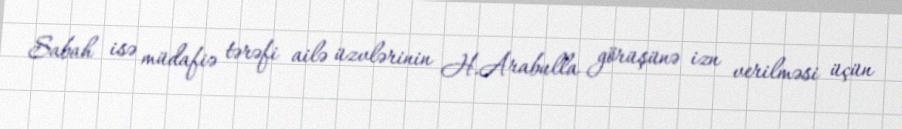
Sabah isə müdafiə tərəfi ailə üzvlərinin H.Arabulla görüşünə izn verilməsi üçün